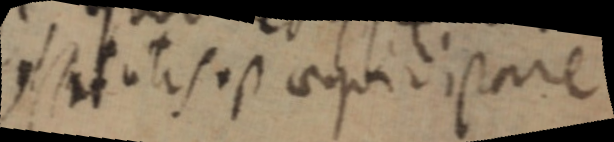
H_ satis est aequidistare